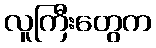
လူကြီးတွေက